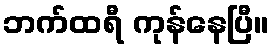
ဘက်ထရီ ကုန်နေပြီ။